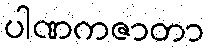
ပါဏကဇာတာ